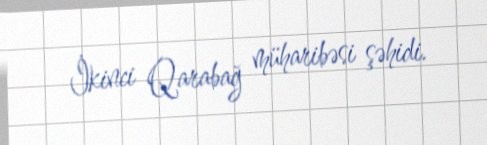
İkinci Qarabağ müharibəsi şəhidi.